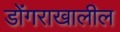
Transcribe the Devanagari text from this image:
डोंगराखालील